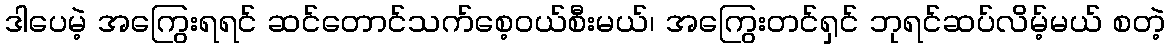
ဒါပေမဲ့ အကြွေးရရင် ဆင်တောင်သက်စေ့ဝယ်စီးမယ်၊ အကြွေးတင်ရှင် ဘုရင်ဆပ်လိမ့်မယ် စတဲ့